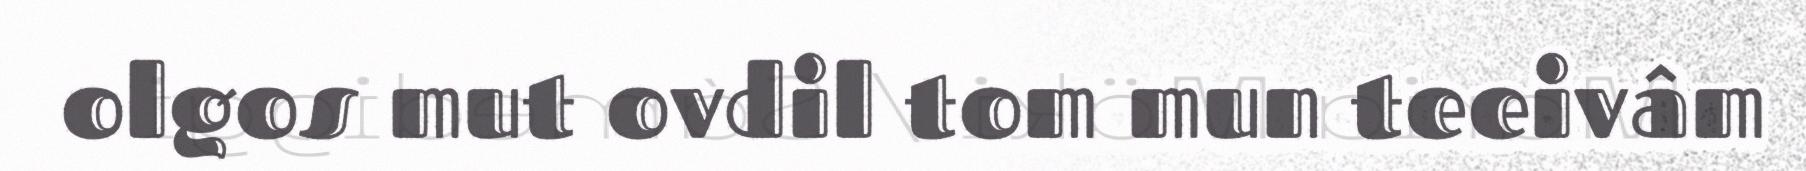
olgos mut ovdil tom mun teeivâm